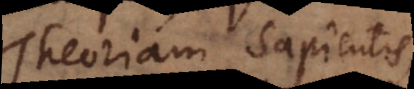
Theoriam sapientis,